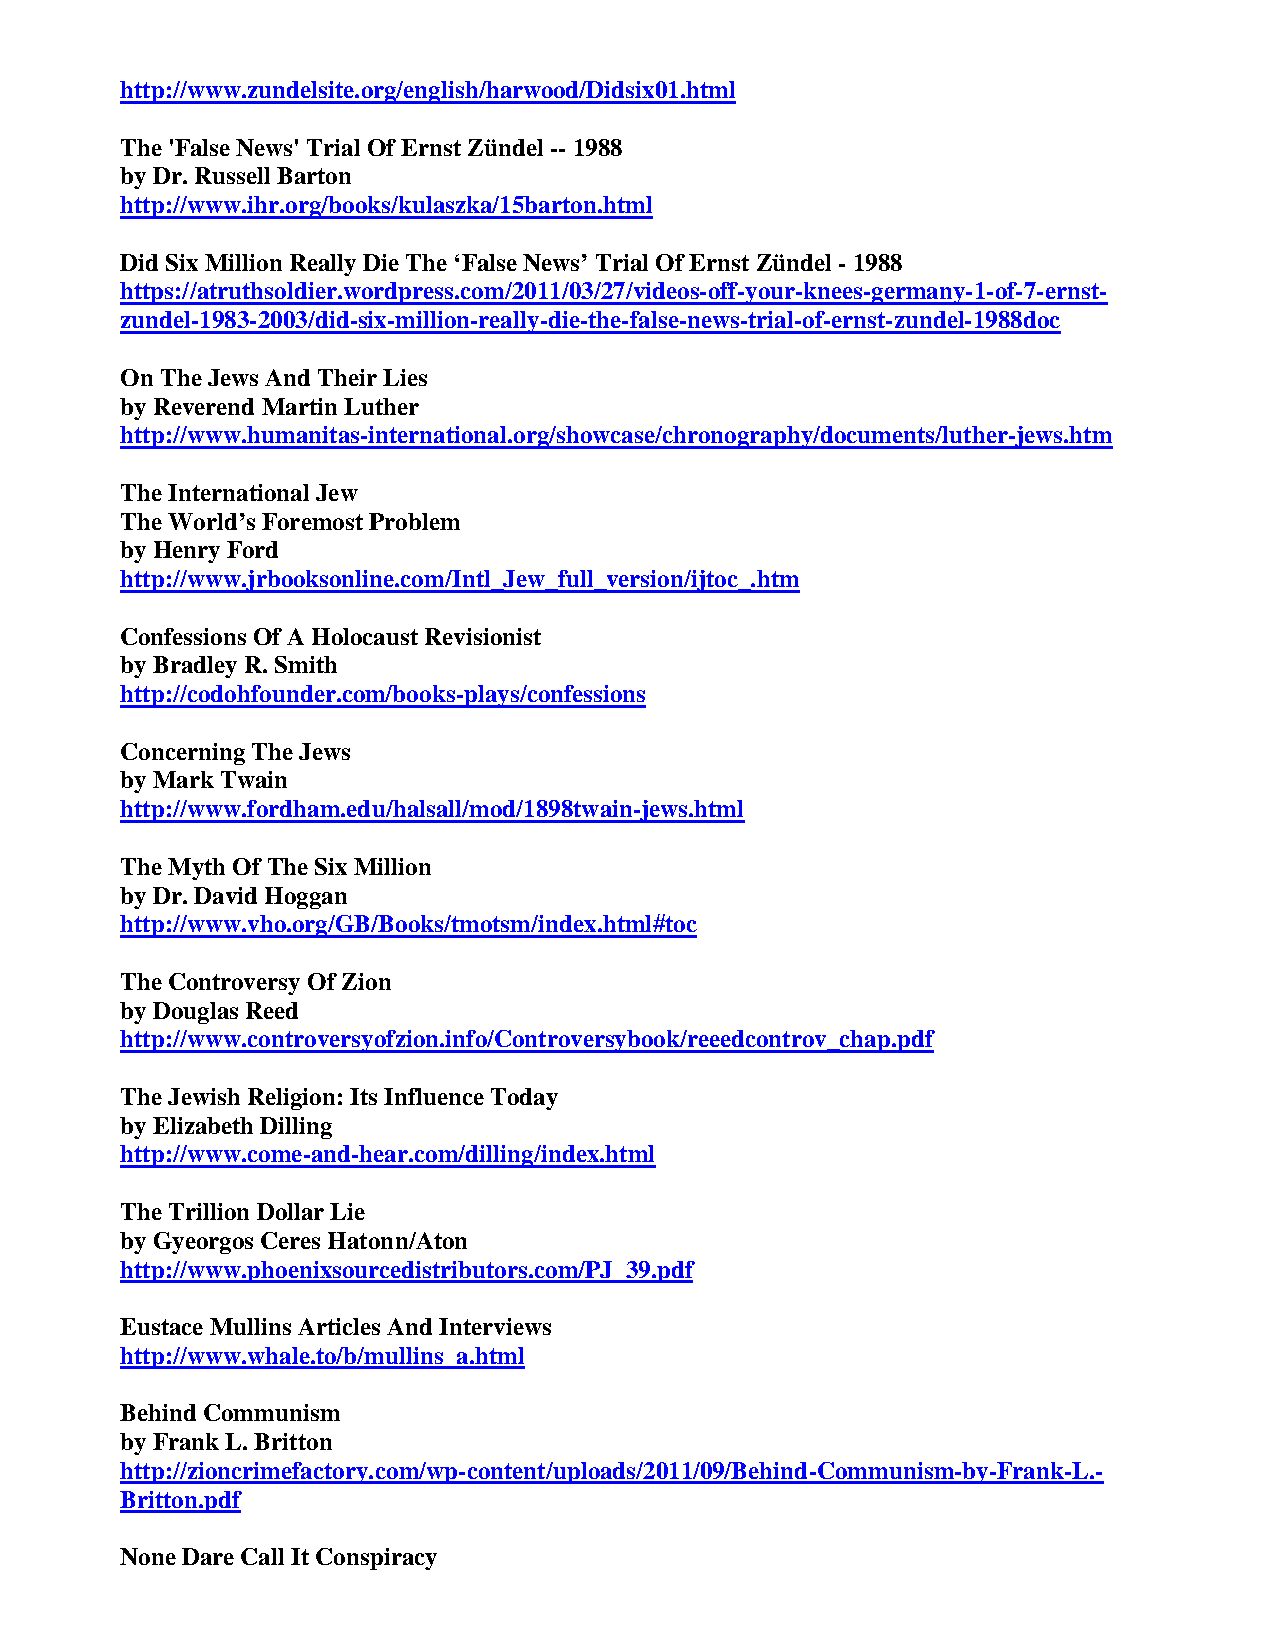
http://www.zundelsite.org/english/harwood/Didsix01.html
 The 'False News' Trial Of Ernst Zündel -- 1988
 by Dr. Russell Barton
 http://www.ihr.org/books/kulaszka/15barton.html
 Did Six Million Really Die The ‘False News’ Trial Of Ernst Zündel - 1988
 https://atruthsoldier.wordpress.com/2011/03/27/videos-off-your-knees-germany-1-of-7-ernst-
 zundel-1983-2003/did-six-million-really-die-the-false-news-trial-of-ernst-zundel-1988doc
 On The Jews And Their Lies
 by Reverend Martin Luther
 http://www.humanitas-international.org/showcase/chronography/documents/luther-jews.htm
 The International Jew
 The World’s Foremost Problem
 by Henry Ford
 http://www.jrbooksonline.com/Intl_Jew_full_version/ijtoc_.htm
 Confessions Of A Holocaust Revisionist
 by Bradley R. Smith
 http://codohfounder.com/books-plays/confessions
 Concerning The Jews
 by Mark Twain
 http://www.fordham.edu/halsall/mod/1898twain-jews.html
 The Myth Of The Six Million
 by Dr. David Hoggan
 http://www.vho.org/GB/Books/tmotsm/index.html#toc
 The Controversy Of Zion
 by Douglas Reed
 http://www.controversyofzion.info/Controversybook/reeedcontrov_chap.pdf
 The Jewish Religion: Its Influence Today
 by Elizabeth Dilling
 http://www.come-and-hear.com/dilling/index.html
 The Trillion Dollar Lie
 by Gyeorgos Ceres Hatonn/Aton
 http://www.phoenixsourcedistributors.com/PJ_39.pdf
 Eustace Mullins Articles And Interviews
 http://www.whale.to/b/mullins_a.html
 Behind Communism
 by Frank L. Britton
 http://zioncrimefactory.com/wp-content/uploads/2011/09/Behind-Communism-by-Frank-L.-
 Britton.pdf
 None Dare Call It Conspiracy